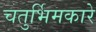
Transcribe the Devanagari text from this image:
चतुर्भिमकारे